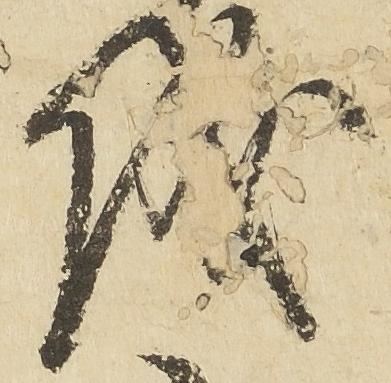
儀